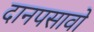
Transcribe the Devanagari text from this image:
दानपसावो